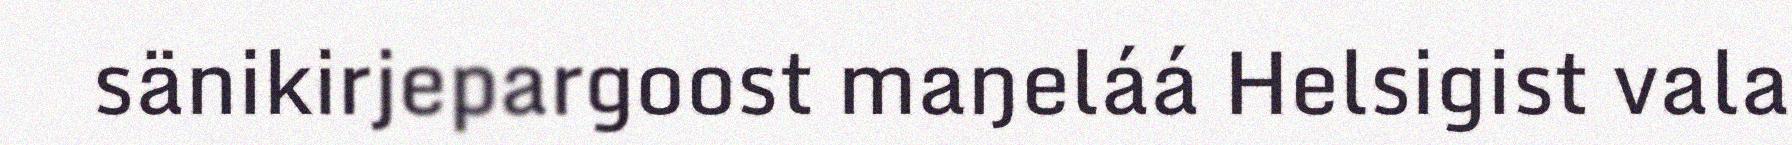
sänikirjepargoost maŋeláá Helsigist vala